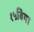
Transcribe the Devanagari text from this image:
१५बिया